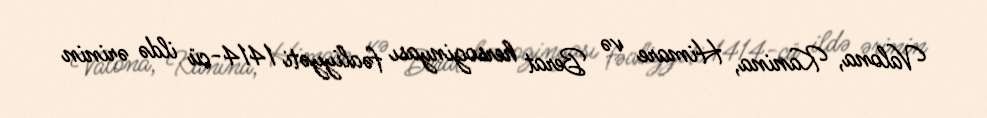
Valona, Kanina, Himare və Berat hersoginyası fəaliyyəti 1414-cü ildə ərinin